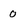
Character: 0